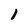
Character: 1